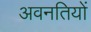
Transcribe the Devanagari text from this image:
अवनतियों